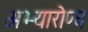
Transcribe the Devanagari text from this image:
अभ्यारोप्य